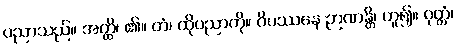
ပညာသည်။ အတ္ထိ၊ ၏။ တံ၊ ထိုပညာကို။ ဝိပဿနေ ဉာဏန္တိ၊ ဟူ၍။ ဝုတ္တံ၊